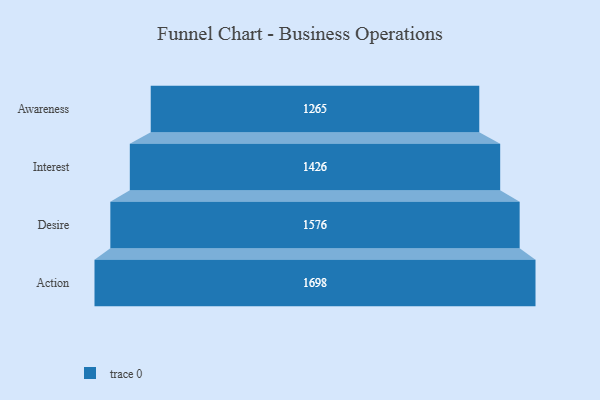
{"axis": {"x": "Stage", "y": "Value"}, "legend": [""], "data": [{"x": "Awareness", "y": 1265.0, "type": ""}, {"x": "Interest", "y": 1426.0, "type": ""}, {"x": "Desire", "y": 1576.0, "type": ""}, {"x": "Action", "y": 1698.0, "type": ""}]}